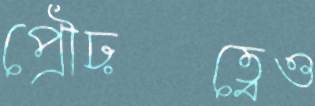
প্রৌঢ়ত্বেও